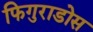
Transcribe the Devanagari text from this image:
फिगुराडोस